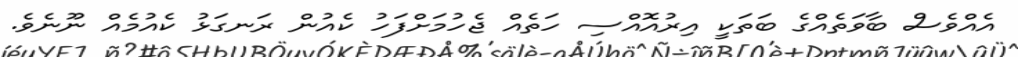
އެއްވެސް ބާވަތެއްގެ ބަތަކީ އިރުއޮއްސި ހަތެއް ޖެހުމަށްފަހު ކެއުން ރަނގަޅު ކެއުމެއް ނޫނެވެ.